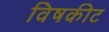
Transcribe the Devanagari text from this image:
विषकीट